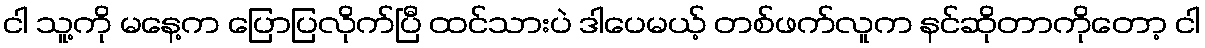
ငါ သူ့ကို မနေ့က ပြောပြလိုက်ပြီ ထင်သားပဲ ဒါပေမယ့် တစ်ဖက်လူက နင်ဆိုတာကိုတော့ ငါ